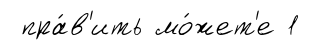
пра́в'ить мо́жет'е 1